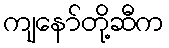
ကျနော်တို့ဆီက